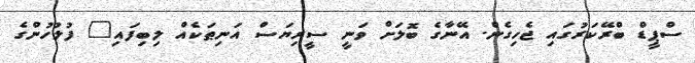
ސްޕީޑް ބްރޭކަރުގައި ޖެހިގެން. އޭނާގެ ބޮލަށް ވަނީ ސީރިޔަސް އަނިޠަކެއް ލިބިފައި" ފުލުހުންގެ